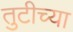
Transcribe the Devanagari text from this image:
तुटीच्या